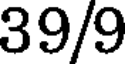
39/9